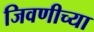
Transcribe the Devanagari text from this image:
जिवणीच्या